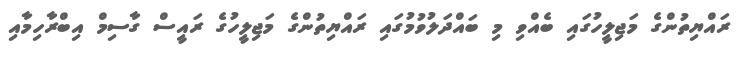
ރައްޔިތުންގެ މަޖިލީހުގައި ބެއްވި މި ބައްދަލުވުމުގައި ރަައްޔިތުންގެ މަޖިލީހުގެ ރައީސް ގާސިމް އިބްރާހިމާއި